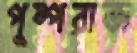
পুষ্পরাজ